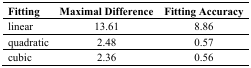
<table><thead><tr><td><b>Fitting</b></td><td><b>Maximal Difference</b></td><td><b>Fitting Accuracy</b></td></tr></thead><tbody><tr><td>linear</td><td>13.61</td><td>8.86</td></tr><tr><td>quadratic</td><td>2.48</td><td>0.57</td></tr><tr><td>cubic</td><td>2.36</td><td>0.56</td></tr></tbody></table>